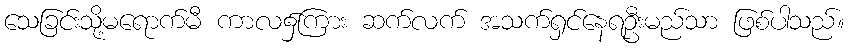
သေခြင်းသို့မရောက်မီ ကာလ၌ကြား ဆက်လက် အသက်ရှင်နေရဦးမည်သာ ဖြစ်ပါသည်။